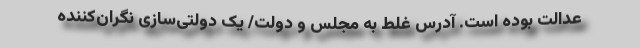
عدالت بوده است. آدرس غلط به مجلس و دولت/ یک دولتی‌سازی نگران‌کننده